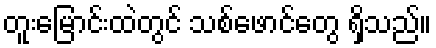
တူးမြောင်းထဲတွင် သစ်ဖောင်တွေ ရှိသည်။